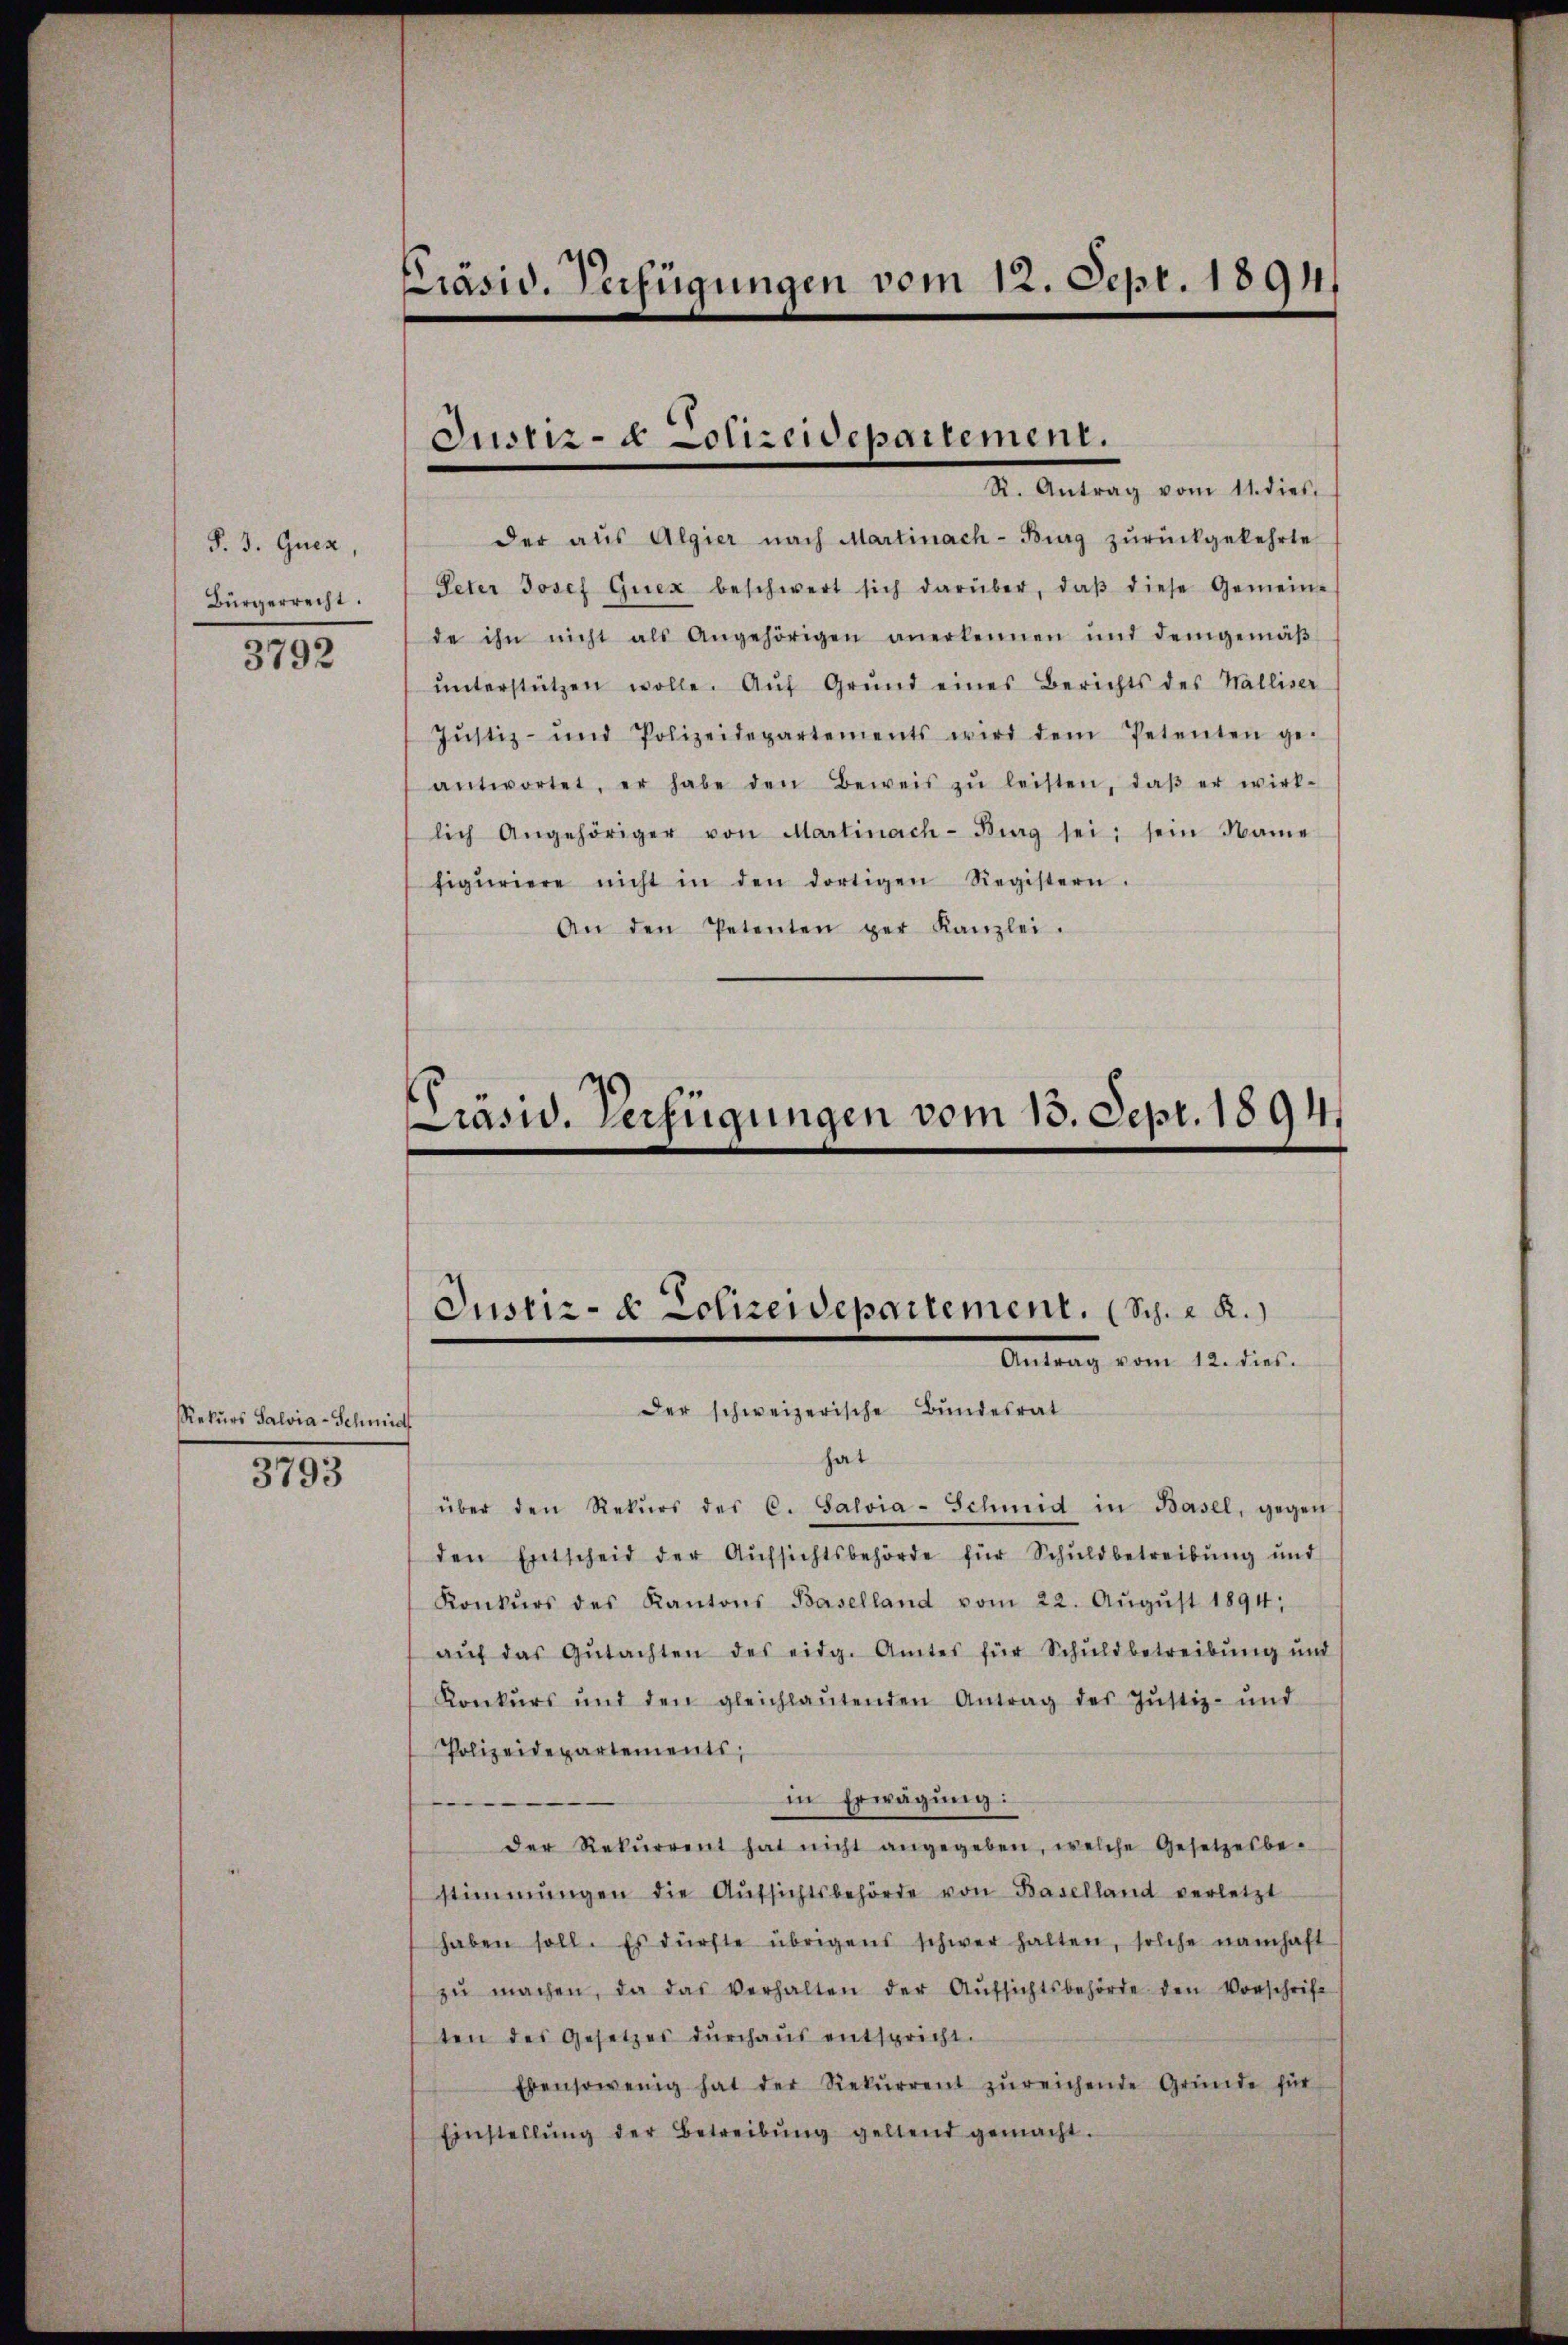
P. J. Guez,
Bürgerrecht.
3792

Rekurs Salvia-Schmid

3793

Präsid. Verfügungen vom 12. Sept. 1891.

Jusina Polizeidepartement.
R. Antrag vom 11. dies

der aŭs Algier nach Martinach- Burg zŭrückgekehrte
Peter Josef Guex beschwert sich darüber, daβ diese Gemein-
de ihn nicht als Angehörigen anerkennen und demgemäβ
ŭnterstützen wolle. Aŭf Grŭnd eines Berichts des Walliser
Jŭstiz- und Polizeidepartements wird dem Petenten ge-
antwortet, er habe den Beweis zŭ leisten, daβ er wirk-
lich Angehöriger von Martinach-Burg sei; sein Name
figuriere nicht in den dortigen Registern.
An den Petenten ger Kanzlei.

rasw. Verfügungen vom 13. Sept. 1894.
Justiz- & Polizeidepartement. (Sch. 2.)
Antrag vom 12. dies

Der schweizerische Bundesrat
hat
über den Rekŭrs des C. Salvia-Schmid in Basel, gegen
den Entscheid der Aŭfsichtsbehörde für Schuldbetreibŭng und
Konkŭrs des Kantons Baselland vom 22. Aŭgŭst 1894;
aŭf das Gŭtachten des eidg. Amtes für Schuldbetreibŭng und
Konkŭrs und den gleichlaŭtenden Antrag des Jŭstiz- und
Polizeidepartements,
in Erwägung:
der Rekŭrrent hat nicht angegeben, welche Gesetzesbe-
stimmungen die Aŭfsichtsbehörde von Baselland verletzt
haben soll. Es dürfte übrigens schwer halten, solche namhaft
zŭ machen, da das verhalten der Aŭfsichtsbehörde den Vorschrift
ten des Gesetzes durchaus entspricht.
Ebensowenig hat der Rekŭrrent zŭreichende Gründe für
Einstellŭng der Betreibŭng geltend gemacht.